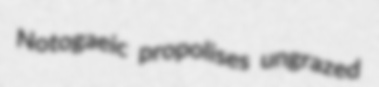
Notogaeic propolises ungrazed